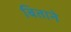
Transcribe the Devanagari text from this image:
बिताने